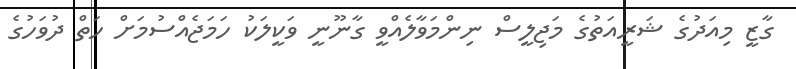
ގާޒީ މިއަދުގެ ޝަރީއަތުގެ މަޖިލީސް ނިންމަވާލެއްވީ ގާނޫނީ ވަކީލަކު ހަމަޖެއްސުމަށް ހަތް ދުވަހުގެ